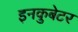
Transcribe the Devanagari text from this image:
इनकुबेटर